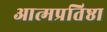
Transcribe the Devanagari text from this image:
आत्मप्रतिष्ठा